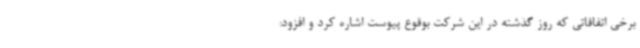
برخی اتفاقاتی که روز گذشته در این شرکت بوقوع پیوست اشاره کرد و افزود: